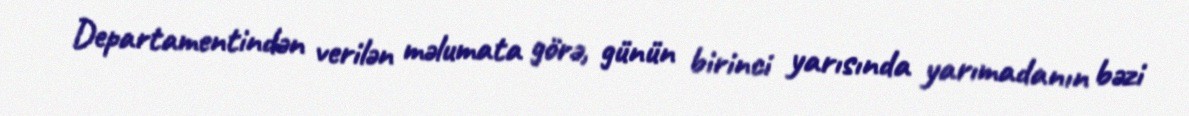
Departamentindən verilən məlumata görə, günün birinci yarısında yarımadanın bəzi